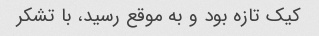
کیک تازه بود و به موقع رسید، با تشکر